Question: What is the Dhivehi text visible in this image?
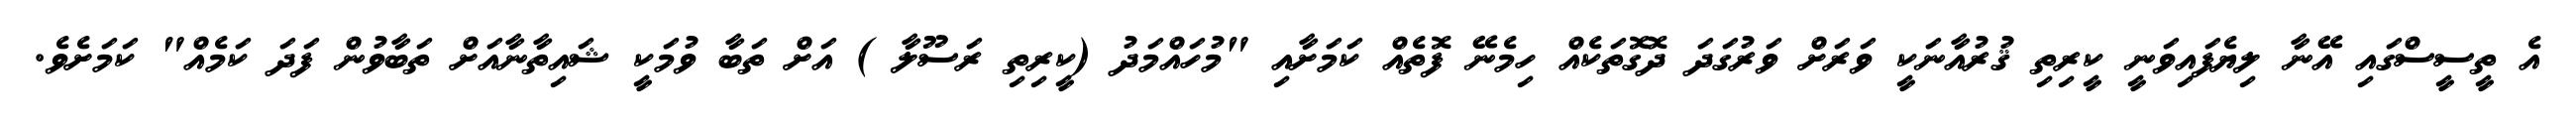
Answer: އެ ތީސީސްގައި އޭނާ ލިޔެފައިވަނީ ކީރިތި ޤުރުއާނަކީ ވަރަށް ވަރުގަދަ ދޮގޮތަކެއް ހިމެނޭ ފޮތެއް ކަމަށާއި "މުހައްމަދު (ކީރިތި ރަސޫލާ ) އަށް ތަބާ ވުމަކީ ޝައިތާނާއަށް ތަބާވުން ފަދަ ކަމެއް" ކަމަށެވެ.